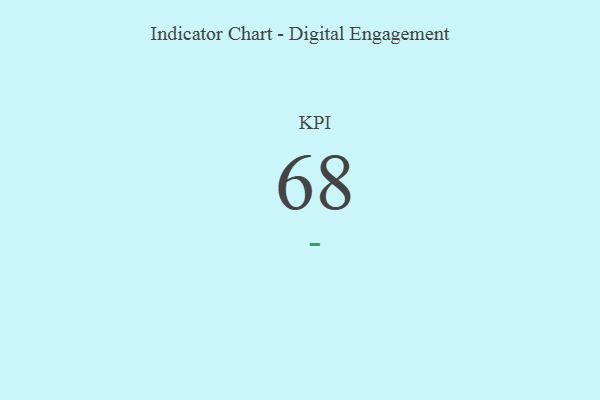
{"axis": {"x": "KPI", "y": "Value"}, "legend": [""], "data": [{"x": "KPI", "y": 68, "type": ""}]}